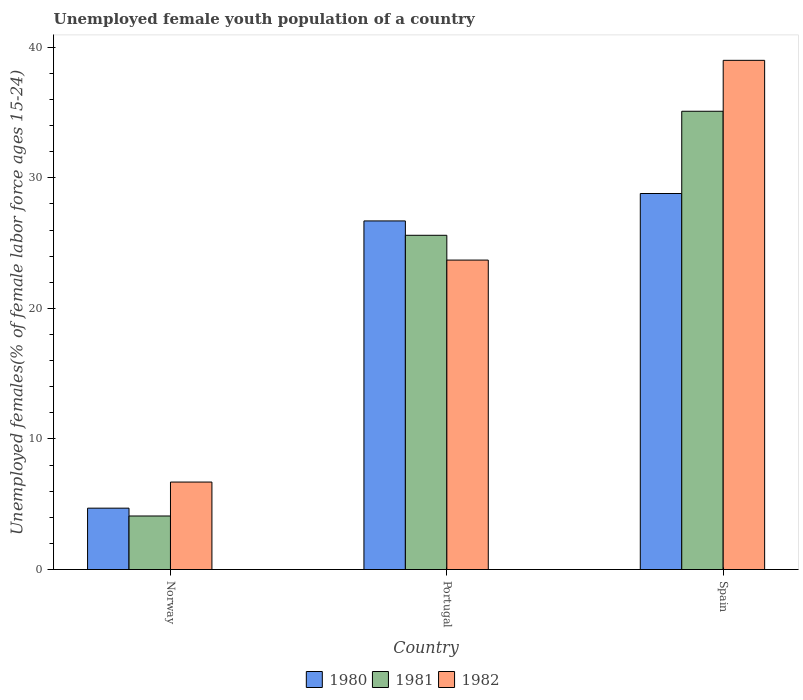
| Country | 1980 | 1981 | 1982 |
 | --- | --- | --- | --- |
 | Norway | 4.7 | 4.1 | 6.7 |
 | Portugal | 26.7 | 25.6 | 23.7 |
 | Spain | 28.8 | 35.1 | 39 |